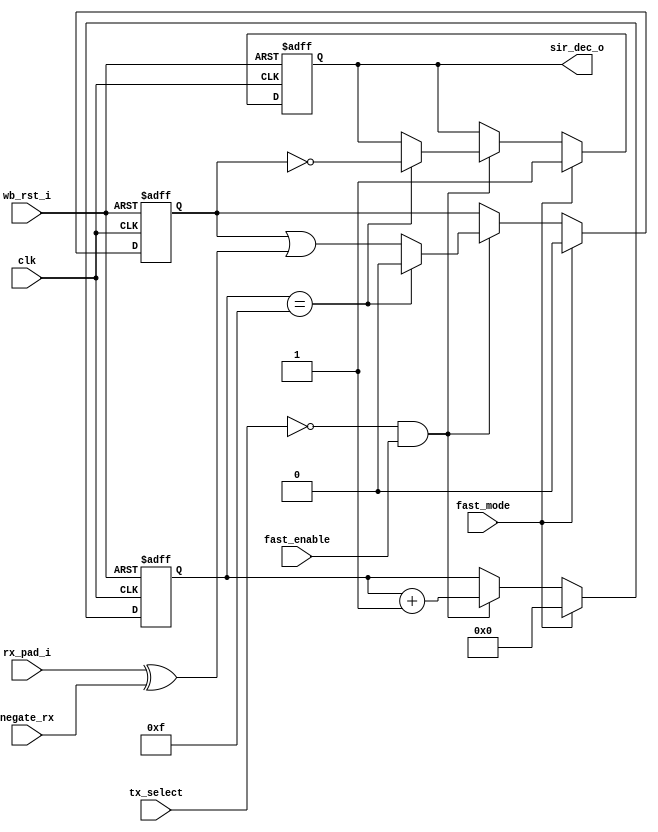
module irda_sir_decoder (clk, wb_rst_i, rx_pad_i, negate_rx, fast_enable, sir_dec_o, tx_select, fast_mode);

input		clk;
input		wb_rst_i;
input		rx_pad_i;
input		negate_rx;
input		fast_enable;
input		tx_select;
input		fast_mode;

output	sir_dec_o;
reg		sir_dec_o;

reg	[3:0] cnt16;
reg		zero;

wire 		rx_i = rx_pad_i ^ negate_rx;

always @(posedge clk or posedge wb_rst_i)
begin
	if (wb_rst_i) begin
		zero 			 <= #1 0;
		cnt16 		 <= #1 0;
		sir_dec_o 	 <= #1 1;
	end else if (fast_mode) begin
		zero 			 <= #1 0;
		cnt16 		 <= #1 0;
		sir_dec_o 	 <= #1 1;
	end else if (~tx_select && fast_enable) begin
		cnt16 <= #1 cnt16 + 1;
		if (cnt16==15)	begin
			sir_dec_o 	 <= #1 ~zero;
			zero 			 <= #1 0;
		end else
		  zero <= #1 zero | rx_i;
	end
end


endmodule